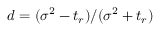
d = ( \sigma ^ { 2 } - t _ { r } ) / ( \sigma ^ { 2 } + t _ { r } )